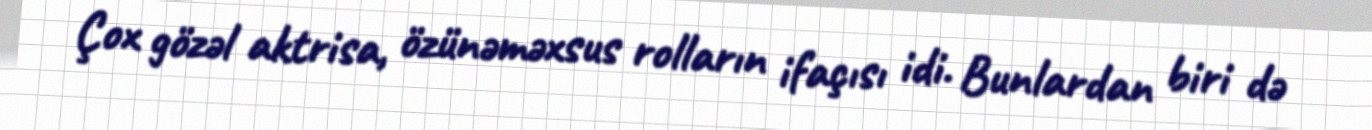
Çox gözəl aktrisa, özünəməxsus rolların ifaçısı idi. Bunlardan biri də